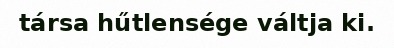
társa hűtlensége váltja ki.